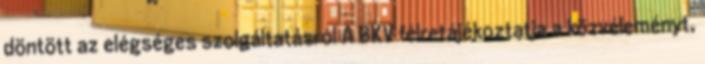
döntött az elégséges szolgáltatásról A BKV félretájékoztatja a közvéleményt,